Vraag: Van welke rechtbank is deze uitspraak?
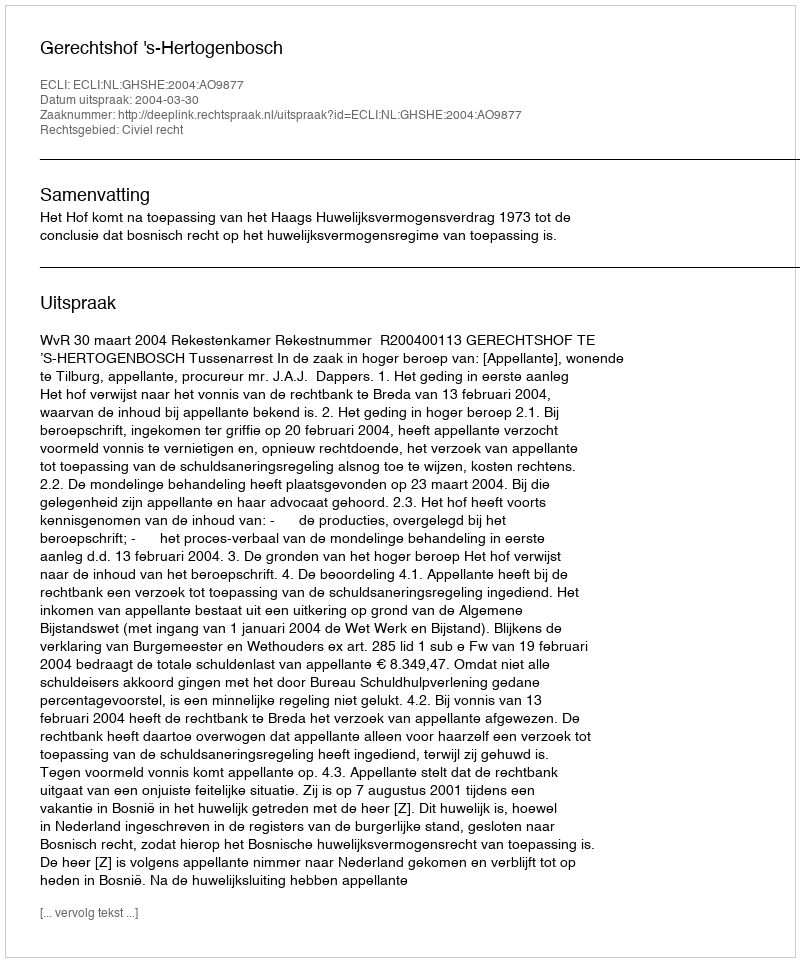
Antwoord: Gerechtshof 's-Hertogenbosch